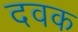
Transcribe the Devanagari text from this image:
दवक